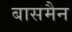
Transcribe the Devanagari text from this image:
बासमैन